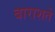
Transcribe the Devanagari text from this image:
बाराशते